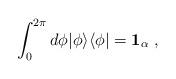
LaTeX: \begin{align*}\int^{2\pi}_0d\phi\vert\phi\rangle\langle\phi\vert={\bf 1}_\alpha\ ,\end{align*}